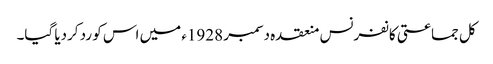
کل جماعتی کانفرنس منعقدہ دسمبر 1928ء میں اس کو رد کردیا گیا۔